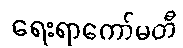
ရေးရာကော်မတီ